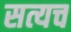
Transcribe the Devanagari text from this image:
सत्यच